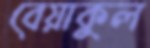
বেয়াকুল